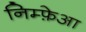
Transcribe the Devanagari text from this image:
निम्फ़ेआ